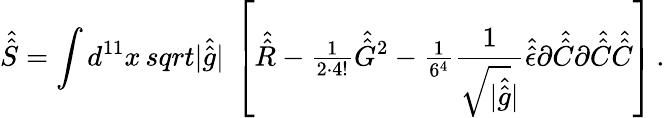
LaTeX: \hat{\hat{S}}=\int d^{11}x\, sqrt{|\hat{\hat{g}}|}\ \left[\hat{\hat{R}}-{\textstyle\frac{1}{2\cdot 4!}}\hat{\hat{G}}{}^{2}-{\textstyle\frac{1}{6^{4}}}\frac{1}{\sqrt{|\hat{\hat{g}}}|}\hat{\hat{\epsilon}}\partial\hat{\hat{C}}\partial\hat{\hat{C}}\hat{\hat{C}}\right]\, .